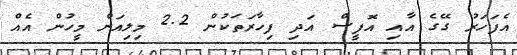
އެފަހަރު ގޭގެ އާއި އޮފީސް އަދި ފިހާރަތަކުން 2.2 މިލިއަން މީހުން އެއް